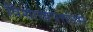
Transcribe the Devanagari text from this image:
विशाखपत्तनम्